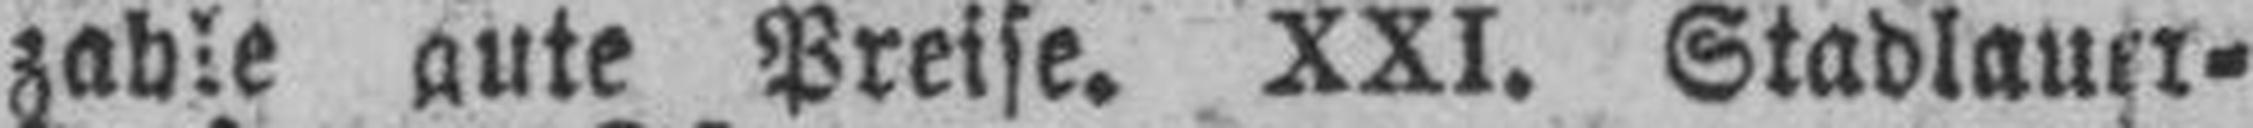
zahle gute Preise. XXI. Stadlauer¬